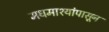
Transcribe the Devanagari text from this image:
मधमाश्यांपासून